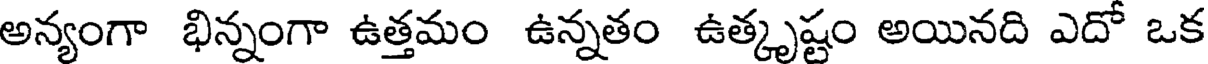
అన్యంగా భిన్నంగా ఉత్తమం ఉన్నతం ఉత్కృష్టం అయినది ఎదో ఒక